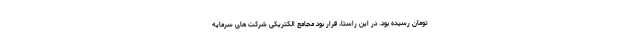
تومان رسیده بود. در این راستا، قرار بود مجامع الکتریکی شرکت های سرمایه